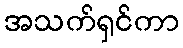
အသက်ရှင်ကာ